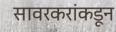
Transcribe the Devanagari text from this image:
सावरकरांकडून